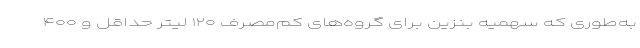
به‌طوری که سهمیه بنزین برای گروه‌های کم‌مصرف ۱۲۰ لیتر حداقل و ۴۰۰